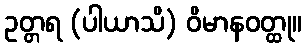
ဥတ္တရ (ပါယာသိ) ဝိမာနဝတ္ထု။